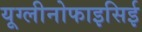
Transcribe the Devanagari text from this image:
यूग्लीनोफाइसिई